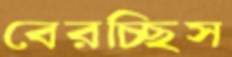
বেরচ্ছিস